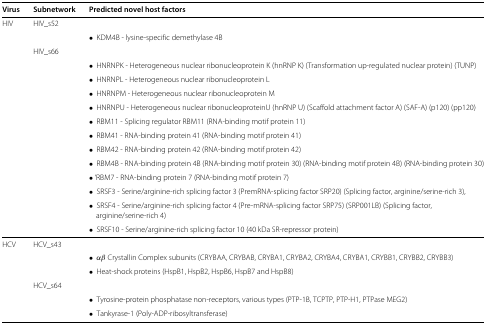
<table><thead><tr><td><b>Virus</b></td><td><b>Subnetwork</b></td><td><b>Predicted novel host factors</b></td></tr></thead><tbody><tr><td>HIV</td><td>HIV_s52</td><td></td></tr><tr><td></td><td></td><td>∙ KDM4B - lysine-specific demethylase 4B</td></tr><tr><td></td><td>HIV_s66</td><td></td></tr><tr><td></td><td></td><td>∙ HNRNPK - Heterogeneous nuclear ribonucleoprotein K (hnRNP K) (Transformation up-regulated nuclear protein) (TUNP)</td></tr><tr><td></td><td></td><td>∙ HNRNPL - Heterogeneous nuclear ribonucleoprotein L</td></tr><tr><td></td><td></td><td>∙ HNRNPM - Heterogeneous nuclear ribonucleoprotein M</td></tr><tr><td></td><td></td><td>∙ HNRNPU - Heterogeneous nuclear ribonucleoproteinU (hnRNP U) (Scaffold attachment factor A) (SAF-A) (p120) (pp120)</td></tr><tr><td></td><td></td><td>∙ RBM11 - Splicing regulator RBM11 (RNA-binding motif protein 11)</td></tr><tr><td></td><td></td><td>∙ RBM41 - RNA-binding protein 41 (RNA-binding motif protein 41)</td></tr><tr><td></td><td></td><td>∙ RBM42 - RNA-binding protein 42 (RNA-binding motif protein 42)</td></tr><tr><td></td><td></td><td>∙ RBM4B - RNA-binding protein 4B (RNA-binding motif protein 30) (RNA-binding motif protein 4B) (RNA-binding protein 30)</td></tr><tr><td></td><td></td><td>∙ ‘RBM7 - RNA-binding protein 7 (RNA-binding motif protein 7)</td></tr><tr><td></td><td></td><td>∙ SRSF3 - Serine/arginine-rich splicing factor 3 (PremRNA-splicing factor SRP20) (Splicing factor, arginine/serine-rich 3),</td></tr><tr><td></td><td></td><td>∙ SRSF4 - Serine/arginine-rich splicing factor 4 (Pre-mRNA-splicing factor SRP75) (SRP001LB) (Splicing factor,</td></tr><tr><td></td><td></td><td>arginine/serine-rich 4)</td></tr><tr><td></td><td></td><td>∙ SRSF10 - Serine/arginine-rich splicing factor 10 (40 kDa SR-repressor protein)</td></tr><tr><td>HCV</td><td>HCV_s43</td><td></td></tr><tr><td></td><td></td><td>∙ <i>α</i><i>β</i> Crystallin Complex subunits (CRYBAA, CRYBAB, CRYBA1, CRYBA2, CRYBA4, CRYBA1, CRYBB1, CRYBB2, CRYBB3)</td></tr><tr><td></td><td></td><td>∙ Heat-shock proteins (HspB1, HspB2, HspB6, HspB7 and HspB8)</td></tr><tr><td></td><td>HCV_s64</td><td></td></tr><tr><td></td><td></td><td>∙ Tyrosine-protein phosphatase non-receptors, various types (PTP-1B, TCPTP, PTP-H1, PTPase MEG2)</td></tr><tr><td></td><td></td><td>∙ Tankyrase-1 (Poly-ADP-ribosyltransferase)</td></tr></tbody></table>